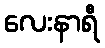
လေးနာရီ